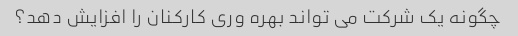
چگونه یک شرکت می تواند بهره وری کارکنان را افزایش دهد؟